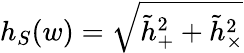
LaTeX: h_{S}(w)=\sqrt{{\tilde{h}}_{+}^{2}+{\tilde{h}}_{\times}^{2}}